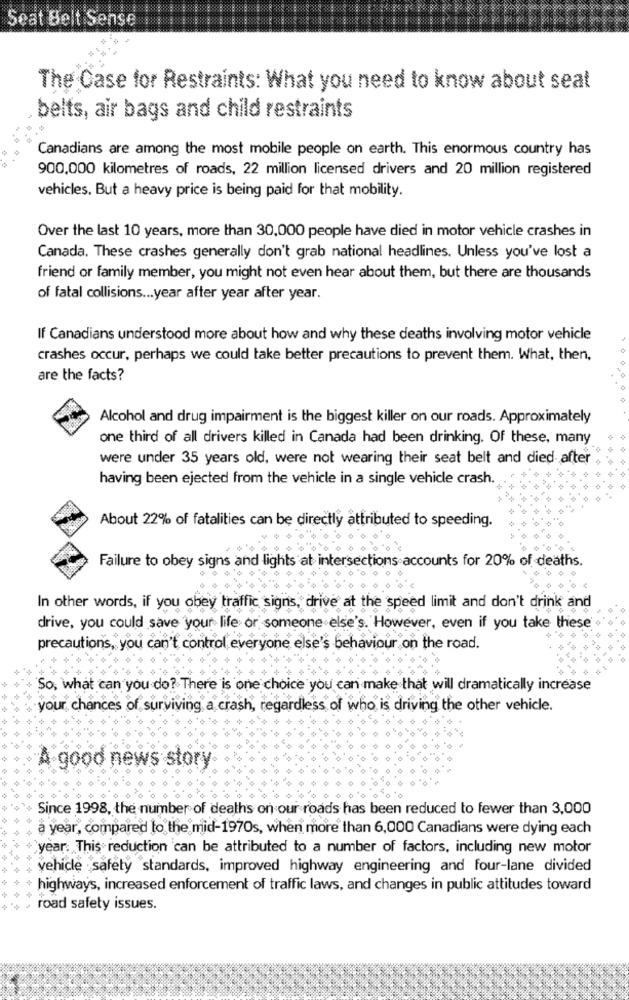
Seat Belt Sensei
The Case for Restraints: What you need to know about seat
belts, air bags and child restraints
Canadians are among the most mobile people on earth. This enormous country has
900,000 kilometres of roads, 22 million licensed drivers and 20 million registered
vehicles. But a heavy price is being paid for that mobility.
Over the last 10 years, more than 30,000 people have died in motor vehicle crashes in
Canada. These crashes generally don't grab national headlines. Unless you've lost a
friend or family member, you might not even hear about them, but there are thousands
of fatal collisions ... year after year after year.
If Canadians understood more about how and why these deaths involving motor vehicle
crashes occur, perhaps we could take better precautions to prevent them. What, then,
are the facts?
Alcohol and drug impairment is the biggest killer on our roads. Approximately
one third of all drivers killed in Canada had been drinking. Of these, many
were under 35 years old, were not wearing their seat belt and died after
having been ejected from the vehicle in a single vehicle crash.
About 22% of fatalities can be directly attributed to speeding.
Failure to obey signs and lights at intersections accounts for 20% of deaths.
In other words, if you obey traffic signs, drive at the speed limit and don't drink and
drive, you could save your life or someone else's. However, even if you take these
precautions, you
s. you can't control everyone else's behaviour on the road.
So, what can you do? There is one choice you can make that will dramatically increase
.your, chances of surviving a crash, regardless of who is driving the other vehicle.
A good news story
Since 1998, the number of deaths on our roads has been reduced to fewer than 3,000
a year, compared to the mid-1970s, when more than 6,000 Canadians were dying each
`year. This reduction can be attributed to a number of factors, including new motor
vehicle safety standards, improved highway engineering and four-lane divided
highways, increased enforcement of traffic laws, and changes in public attitudes toward
road safety issues.